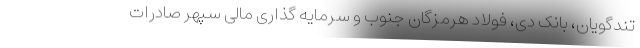
تندگویان، بانک دی، فولاد هرمزگان جنوب و سرمایه گذاری مالی سپهر صادرات